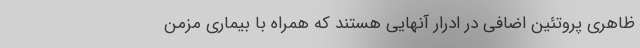
ظاهری پروتئین اضافی در ادرار آنهایی هستند که همراه با بیماری مزمن